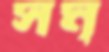
সম্